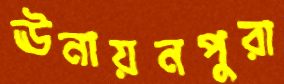
ঊনায়নপুরা